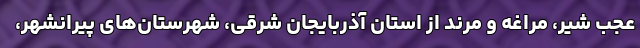
عجب شیر، مراغه و مرند از استان آذربایجان شرقی، شهرستان‌های پیرانشهر،